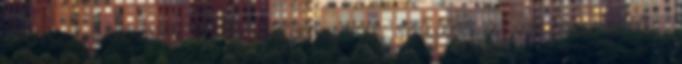
élünk ”– hangzik el a polgármester szájából a visszautasítás,